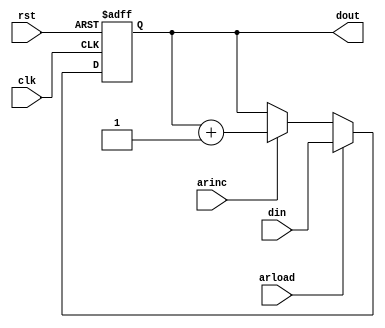
/**/
/*din16
   clk1qtsj.vclk_choose
   rst101
   arloadclkdindout1
   arincAR+11AR++1
   dout16
*/
module ar(din, clk, rst,arload, arinc, dout);
input[15:0] din;
input clk,rst,arload, arinc;
output [15:0]dout;
reg [15:0]dout;
always@(posedge clk or negedge rst)
if(rst==0)
	dout<=0;
else
	if(arload)
		dout<=din;
	else if(arinc)
		dout<=dout+1;
endmodule